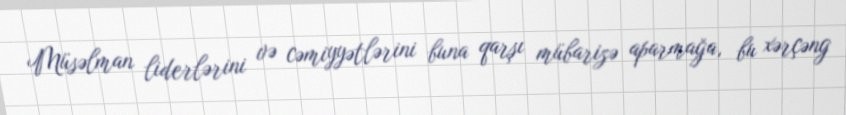
Müsəlman liderlərini və cəmiyyətlərini buna qarşı mübarizə aparmağa, bu xərçəng